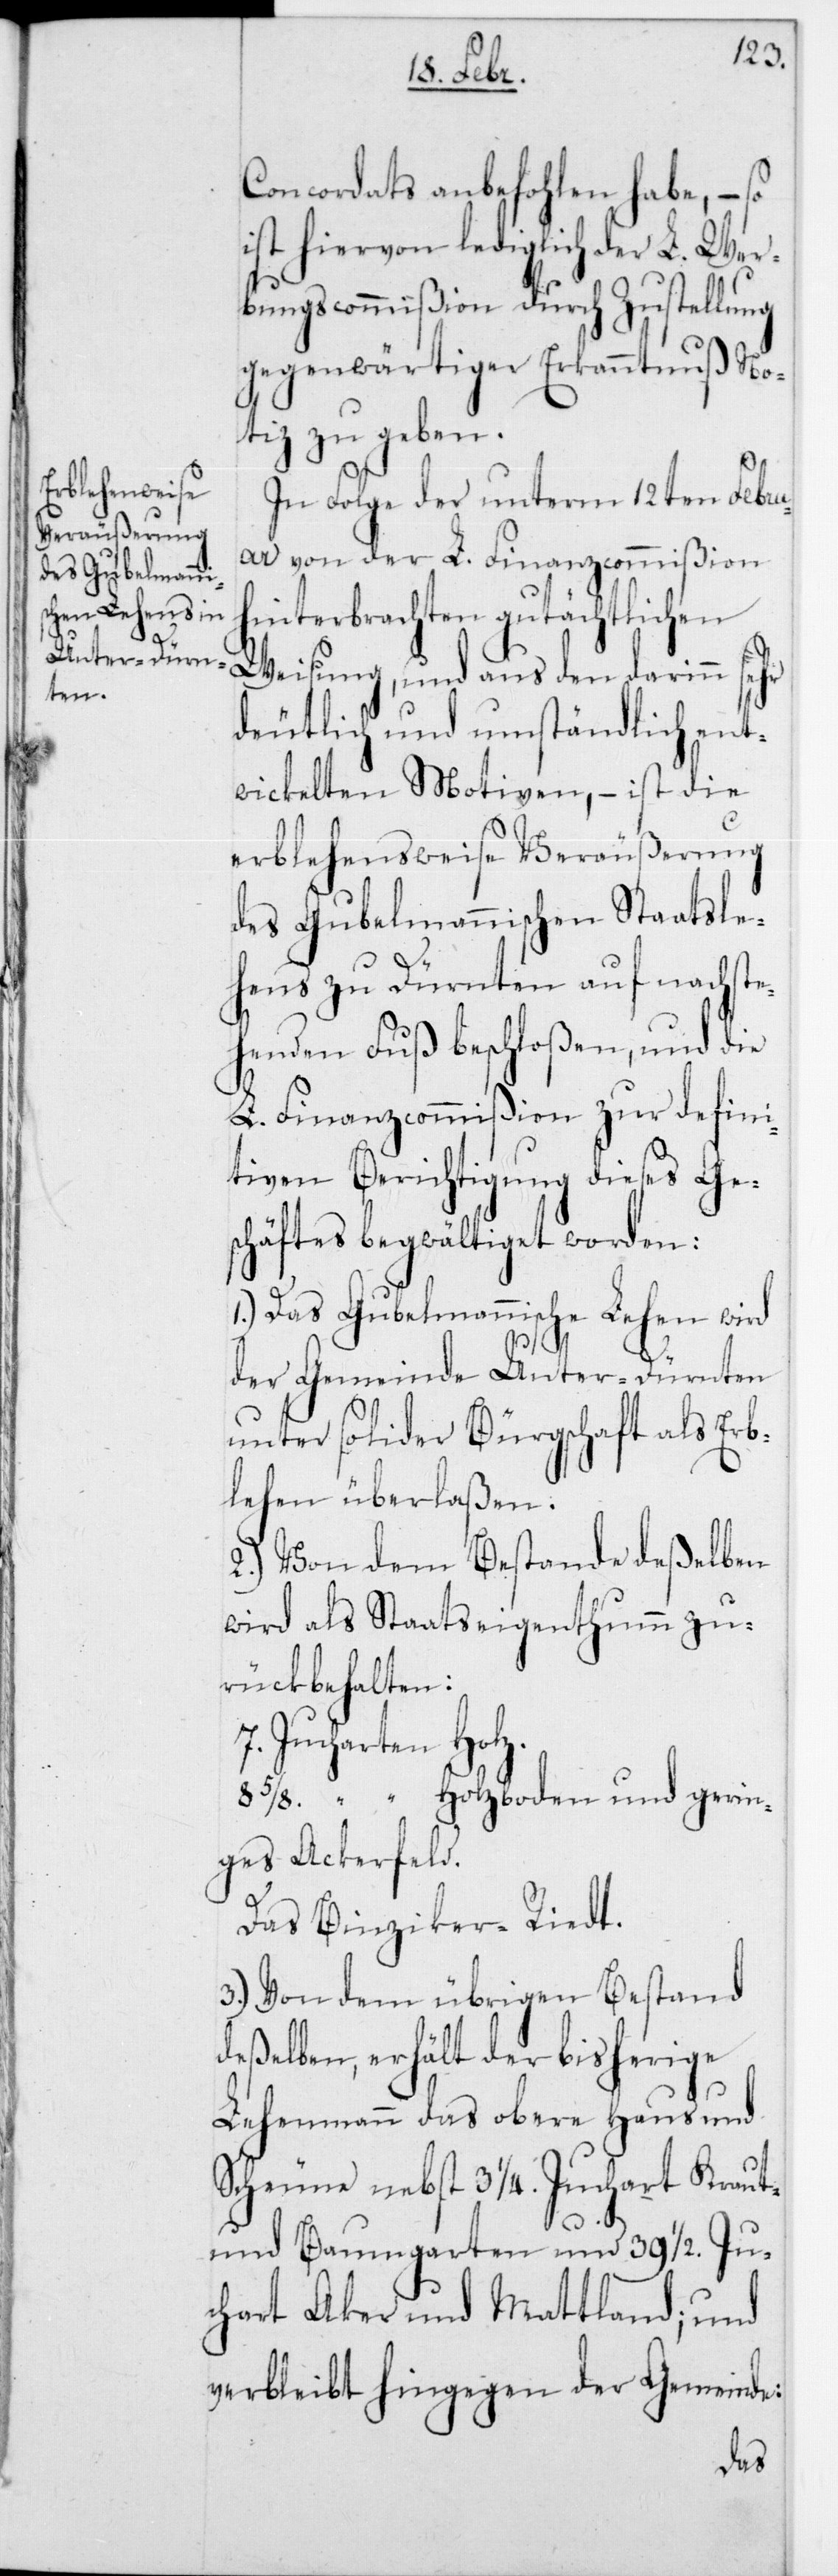
Concordats anbefohlen habe, – so
ist hiervon lediglich der L. Wer¬
bungscommißion durch Zustellung
gegenwärtiger Erkanntnuß No¬
tiz zu geben.
In Folge der unterm 12ten Febru¬
ar von der L. Finanzcommißion
hinterbrachten gutächtlichen
Weisung, und aus den darinn sehr
deutlich und umständlich ent¬
wickelten Motiven, – ist die
erblehensweise Veräußerung
des Gubelmannischen Staatsle¬
hens zu Dürnten auf nachste¬
henden Fuß beschloßen, und die
L. Finanzcommißion zur defini¬
tiven Berichtigung dieses Ge¬
schäftes begwältiget worden:
1.) Das Gubelmannische Lehen wird
der Gemeinde Unter-Dürnten
unter solider Bürgschaft als Erb¬
lehen überlaßen.
2.) Von dem Bestande deßelben
wird als Staatseigenthum zu¬
rückbehalten:
7 Jucharten Holz.
85/8 “ Holzboden und gerin¬
ges Ackerfeld.
Das Binziker-Riedt.
3.) Von dem übrigen Bestand
deßelben, erhält der bisherige
Lehenmann das obere Haus und
Scheune nebst 3 1/4 Juchart Kraut-
und Baumgarten und 39 1/2 Ju¬
chart Aker [-] und Mattland; und
verbleibt hingegen der Gemeinde: